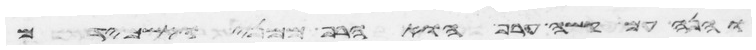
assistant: והנה עם קשה ערף הוא הרף ממני ואשמידם